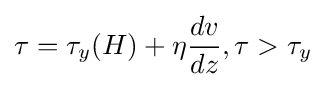
\tau =\tau _{y}(H)+\eta {\frac {dv}{dz}},\tau >\tau _{y}